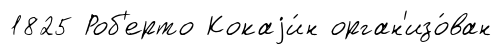
1825 Роб'ерто Кокаjи́н орган'изо́ван